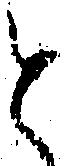
と